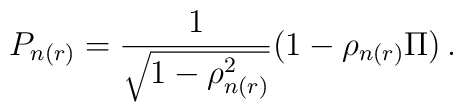
P_{n(r)}=\frac{1}{\sqrt{1-\rho_{n(r)}^2}}(1-\rho_{n(r)}\Pi)\,.